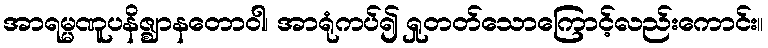
အာရမ္မဏူပနိဇ္ဈာနတောဝါ၊ အာရုံကပ်၍ ရှုတတ်သောကြောင့်လည်းကောင်း။